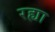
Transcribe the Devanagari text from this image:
रह्या